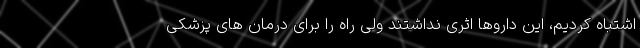
اشتباه کردیم، این داروها اثری نداشتند ولی راه را برای درمان های پزشکی